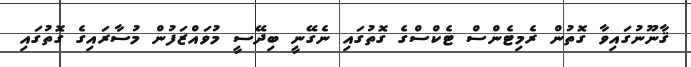
ޤާނޫނުގައިވާ ގޮތުން ރެމިޓެންސް ޓެކްސްގެ ގޮތުގައި ނެގޭނީ ބިދޭސީ މުވައްޒަފުން މުސާރައިގެ ގޮތުގައި